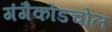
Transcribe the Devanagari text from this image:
गंगैकोंडचोल